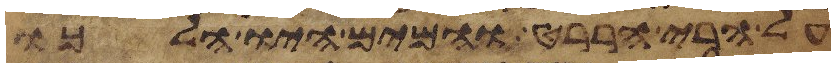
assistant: על הרי הררט והמים היו הלכו